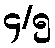
၄/၅